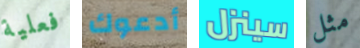
فعلية أدعوك سينزل مثل